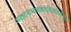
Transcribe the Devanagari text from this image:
अष्टादशभाषावारविलासिनीभुजंग